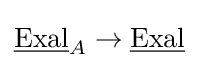
{\underline {\text{Exal}}}_{A}\to {\displaystyle {\underline {\text{Exal}}}}